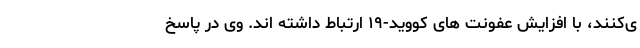
ی‌کنند، با افزایش عفونت های کووید-۱۹ ارتباط داشته اند. وی در پاسخ